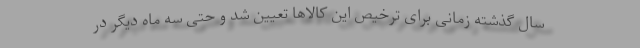
سال گذشته زمانی برای ترخیص این کالاها تعیین شد و حتی سه ماه دیگر در